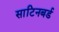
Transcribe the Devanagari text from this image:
साटिनबर्ड